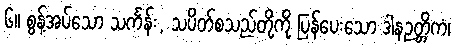
၆။ စွန့်အပ်သော သင်္ကန်း, သပိတ်စသည်တို့ကို ပြန်ပေးသော ဒါနဉတ္တိကံ၊